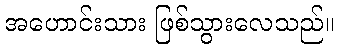
အဟောင်းသား ဖြစ်သွားလေသည်။